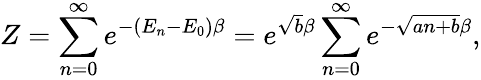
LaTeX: Z=\sum_{n=0}^{\infty}e^{-(E_{n}-E_{0})\beta}=e^{\sqrt{b}\beta}\sum_{n=0}^{\infty}e^{-\sqrt{an+b}\beta},